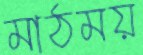
মাঠময়